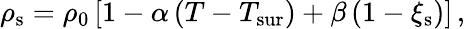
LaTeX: \rho_{\mathrm{s}}=\rho_{\mathrm{0}}\left[1-\alpha\left(T-T_{\mathrm{sur}}\right)+\beta\left(1-\xi_{\mathrm{s}}\right)\right]\, ,